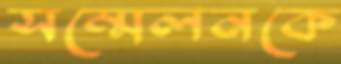
সম্মেলনকে